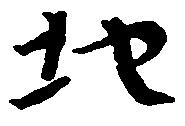
地